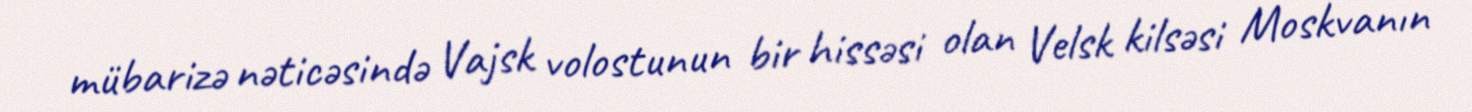
mübarizə nəticəsində Vajsk volostunun bir hissəsi olan Velsk kilsəsi Moskvanın